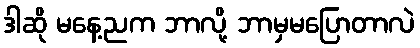
ဒါဆို မနေ့ညက ဘာလို့ ဘာမှမပြောတာလဲ